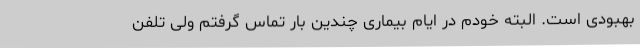
بهبودی است. البته خودم در ایام بیماری چندین‌ بار تماس گرفتم ولی تلفن